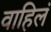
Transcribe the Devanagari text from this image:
वाहिलं